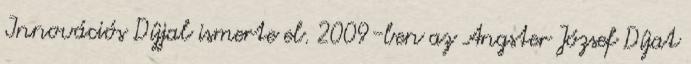
Innovációs Díjjal ismerte el. 2009-ben az Angster József Díjat